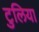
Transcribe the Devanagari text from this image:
टुलिया